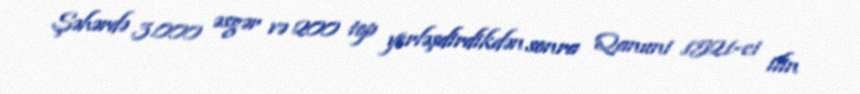
Şəhərdə 3.000 əsgər və 200 top yerləşdirdikdən sonra Qanuni 1521-ci ilin